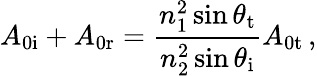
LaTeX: A_{\mathrm{0i}}+A_{\mathrm{0r}}=\frac{n_{1}^{2}\sin\theta_{\mathrm{t}}}{n_{2}^{2}\sin\theta_{\mathrm{i}}}A_{\mathrm{0t}}\, ,